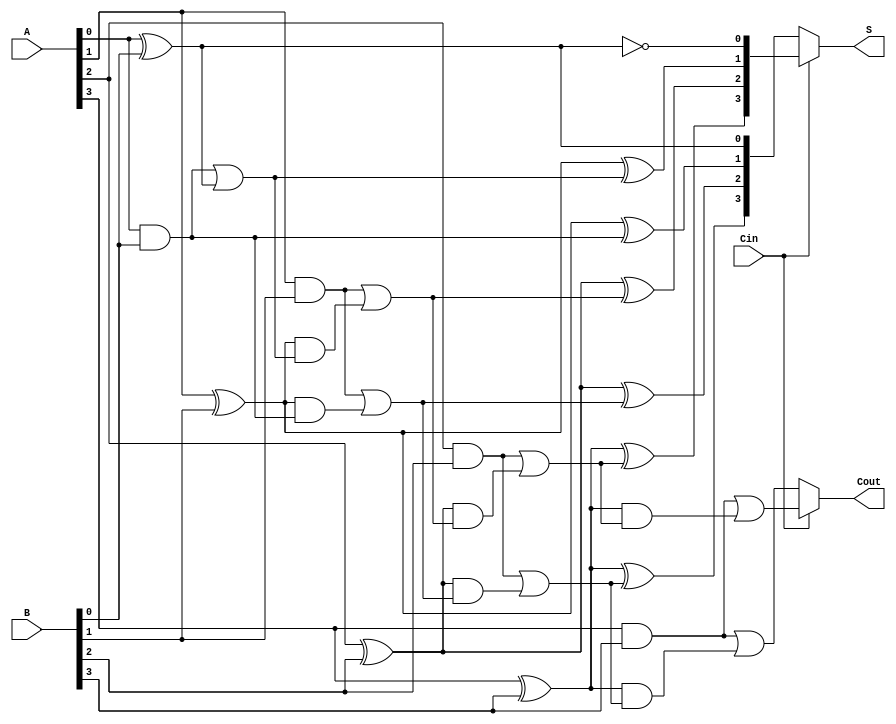
module ConditionalSumAdder #(parameter n = 4) (
    input  [n-1:0] A,       // n-bit input A
    input  [n-1:0] B,       // n-bit input B
    input         Cin,       // Carry-in
    output [n-1:0] S,       // n-bit sum output
    output        Cout       // Carry-out
);

    wire [n-1:0] S0;        // Sum when Cin = 0
    wire [n-1:0] S1;        // Sum when Cin = 1
    wire [n-1:0] C0;        // Carry when Cin = 0
    wire [n-1:0] C1;        // Carry when Cin = 1
    wire [n-1:0] C0_temp;   // Temporary carries for 0
    wire [n-1:0] C1_temp;   // Temporary carries for 1
    
    // Full adder logic for each bit
    genvar i;
    generate
        for (i = 0; i < n; i = i + 1) begin : adder
            if (i == 0) begin
                // First bit addition
                assign S0[i] = A[i] ^ B[i] ^ 1'b0;   // S0 when Cin = 0
                assign C0[i] = (A[i] & B[i]) | ((A[i] ^ B[i]) & 1'b0);
                assign S1[i] = A[i] ^ B[i] ^ 1'b1;   // S1 when Cin = 1
                assign C1[i] = (A[i] & B[i]) | ((A[i] ^ B[i]) & 1'b1);
            end else begin
                // Subsequent bit additions
                assign S0[i] = A[i] ^ B[i] ^ C0[i-1]; // S0 when Cin = 0
                assign C0[i] = (A[i] & B[i]) | ((A[i] ^ B[i]) & C0[i-1]);
                assign S1[i] = A[i] ^ B[i] ^ C1[i-1]; // S1 when Cin = 1
                assign C1[i] = (A[i] & B[i]) | ((A[i] ^ B[i]) & C1[i-1]);
            end
        end
    endgenerate
    
    // Mux to select the correct sum based on Cin
    assign S = Cin ? S1 : S0;
    
    // Determine carry-out
    assign Cout = Cin ? C1[n-1] : C0[n-1];

endmodule